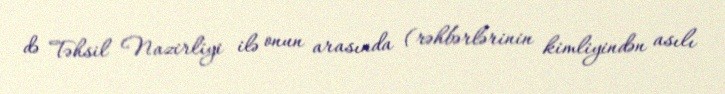
də Təhsil Nazirliyi ilə onun arasında (rəhbərlərinin kimliyindən asılı